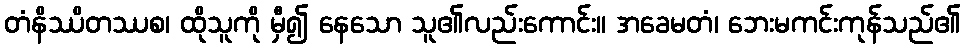
တံနိဿိတဿစ၊ ထိုသူကို မှီ၍ နေသော သူ၏လည်းကောင်း။ အခေမတံ၊ ဘေးမကင်းကုန်သည်၏